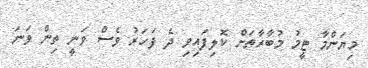
މިޔަންމާ ޓީމު މުބާރާތަށް ކޮލިފައިވި ދެ ފަހަރު ވެސް ވަނީ ތިން ވަނަ